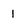
Character: 1